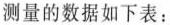
测量的数据如下表：